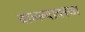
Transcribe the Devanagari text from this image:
बाल्ल्यावस्था